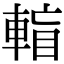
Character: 𨌶